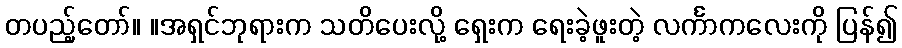
တပည့်တော်။ ။အရှင်ဘုရားက သတိပေးလို့ ရှေးက ရေးခဲ့ဖူးတဲ့ လင်္ကာကလေးကို ပြန်၍